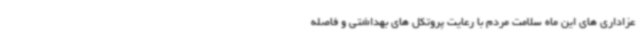
عزاداری های این ماه سلامت مردم با رعایت پروتکل های بهداشتی و فاصله